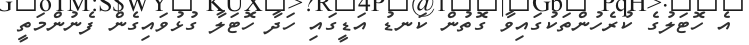
އެ ހޮޓަލުގެ ކުރެހުންތަކުގައިވާ ގޮތުން ކަނޑު އަޑީގައި ހަދާ ހޮޓަލާ ގުޅުވައިގެން ފެނުންމަތީ